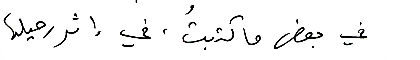
في بعض ما كتبتُ، في إثر رحيلها